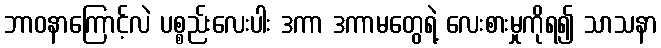
ဘာဝနာကြောင့်လဲ ပစ္စည်းလေးပါး ဒကာ ဒကာမတွေရဲ့ လေးစားမှုကိုရ၍ သာသနာ